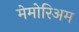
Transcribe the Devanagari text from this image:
मेमोरिअम